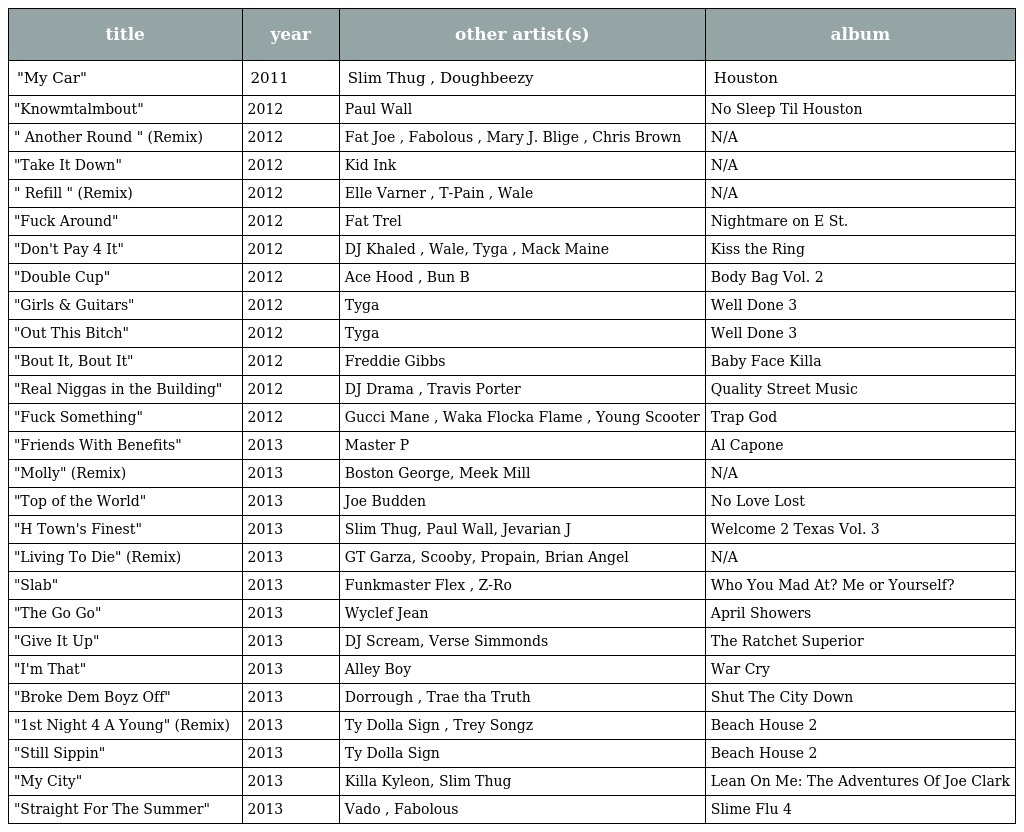
| title | year | other artist(s) | album |
 | --- | --- | --- | --- |
 | "My Car" | 2011 | Slim Thug , Doughbeezy | Houston |
 | "Knowmtalmbout" | 2012 | Paul Wall | No Sleep Til Houston |
 | " Another Round " (Remix) | 2012 | Fat Joe , Fabolous , Mary J. Blige , Chris Brown | N/A |
 | "Take It Down" | 2012 | Kid Ink | N/A |
 | " Refill " (Remix) | 2012 | Elle Varner , T-Pain , Wale | N/A |
 | "Fuck Around" | 2012 | Fat Trel | Nightmare on E St. |
 | "Don't Pay 4 It" | 2012 | DJ Khaled , Wale, Tyga , Mack Maine | Kiss the Ring |
 | "Double Cup" | 2012 | Ace Hood , Bun B | Body Bag Vol. 2 |
 | "Girls & Guitars" | 2012 | Tyga | Well Done 3 |
 | "Out This Bitch" | 2012 | Tyga | Well Done 3 |
 | "Bout It, Bout It" | 2012 | Freddie Gibbs | Baby Face Killa |
 | "Real Niggas in the Building" | 2012 | DJ Drama , Travis Porter | Quality Street Music |
 | "Fuck Something" | 2012 | Gucci Mane , Waka Flocka Flame , Young Scooter | Trap God |
 | "Friends With Benefits" | 2013 | Master P | Al Capone |
 | "Molly" (Remix) | 2013 | Boston George, Meek Mill | N/A |
 | "Top of the World" | 2013 | Joe Budden | No Love Lost |
 | "H Town's Finest" | 2013 | Slim Thug, Paul Wall, Jevarian J | Welcome 2 Texas Vol. 3 |
 | "Living To Die" (Remix) | 2013 | GT Garza, Scooby, Propain, Brian Angel | N/A |
 | "Slab" | 2013 | Funkmaster Flex , Z-Ro | Who You Mad At? Me or Yourself? |
 | "The Go Go" | 2013 | Wyclef Jean | April Showers |
 | "Give It Up" | 2013 | DJ Scream, Verse Simmonds | The Ratchet Superior |
 | "I'm That" | 2013 | Alley Boy | War Cry |
 | "Broke Dem Boyz Off" | 2013 | Dorrough , Trae tha Truth | Shut The City Down |
 | "1st Night 4 A Young" (Remix) | 2013 | Ty Dolla Sign , Trey Songz | Beach House 2 |
 | "Still Sippin" | 2013 | Ty Dolla Sign | Beach House 2 |
 | "My City" | 2013 | Killa Kyleon, Slim Thug | Lean On Me: The Adventures Of Joe Clark |
 | "Straight For The Summer" | 2013 | Vado , Fabolous | Slime Flu 4 |